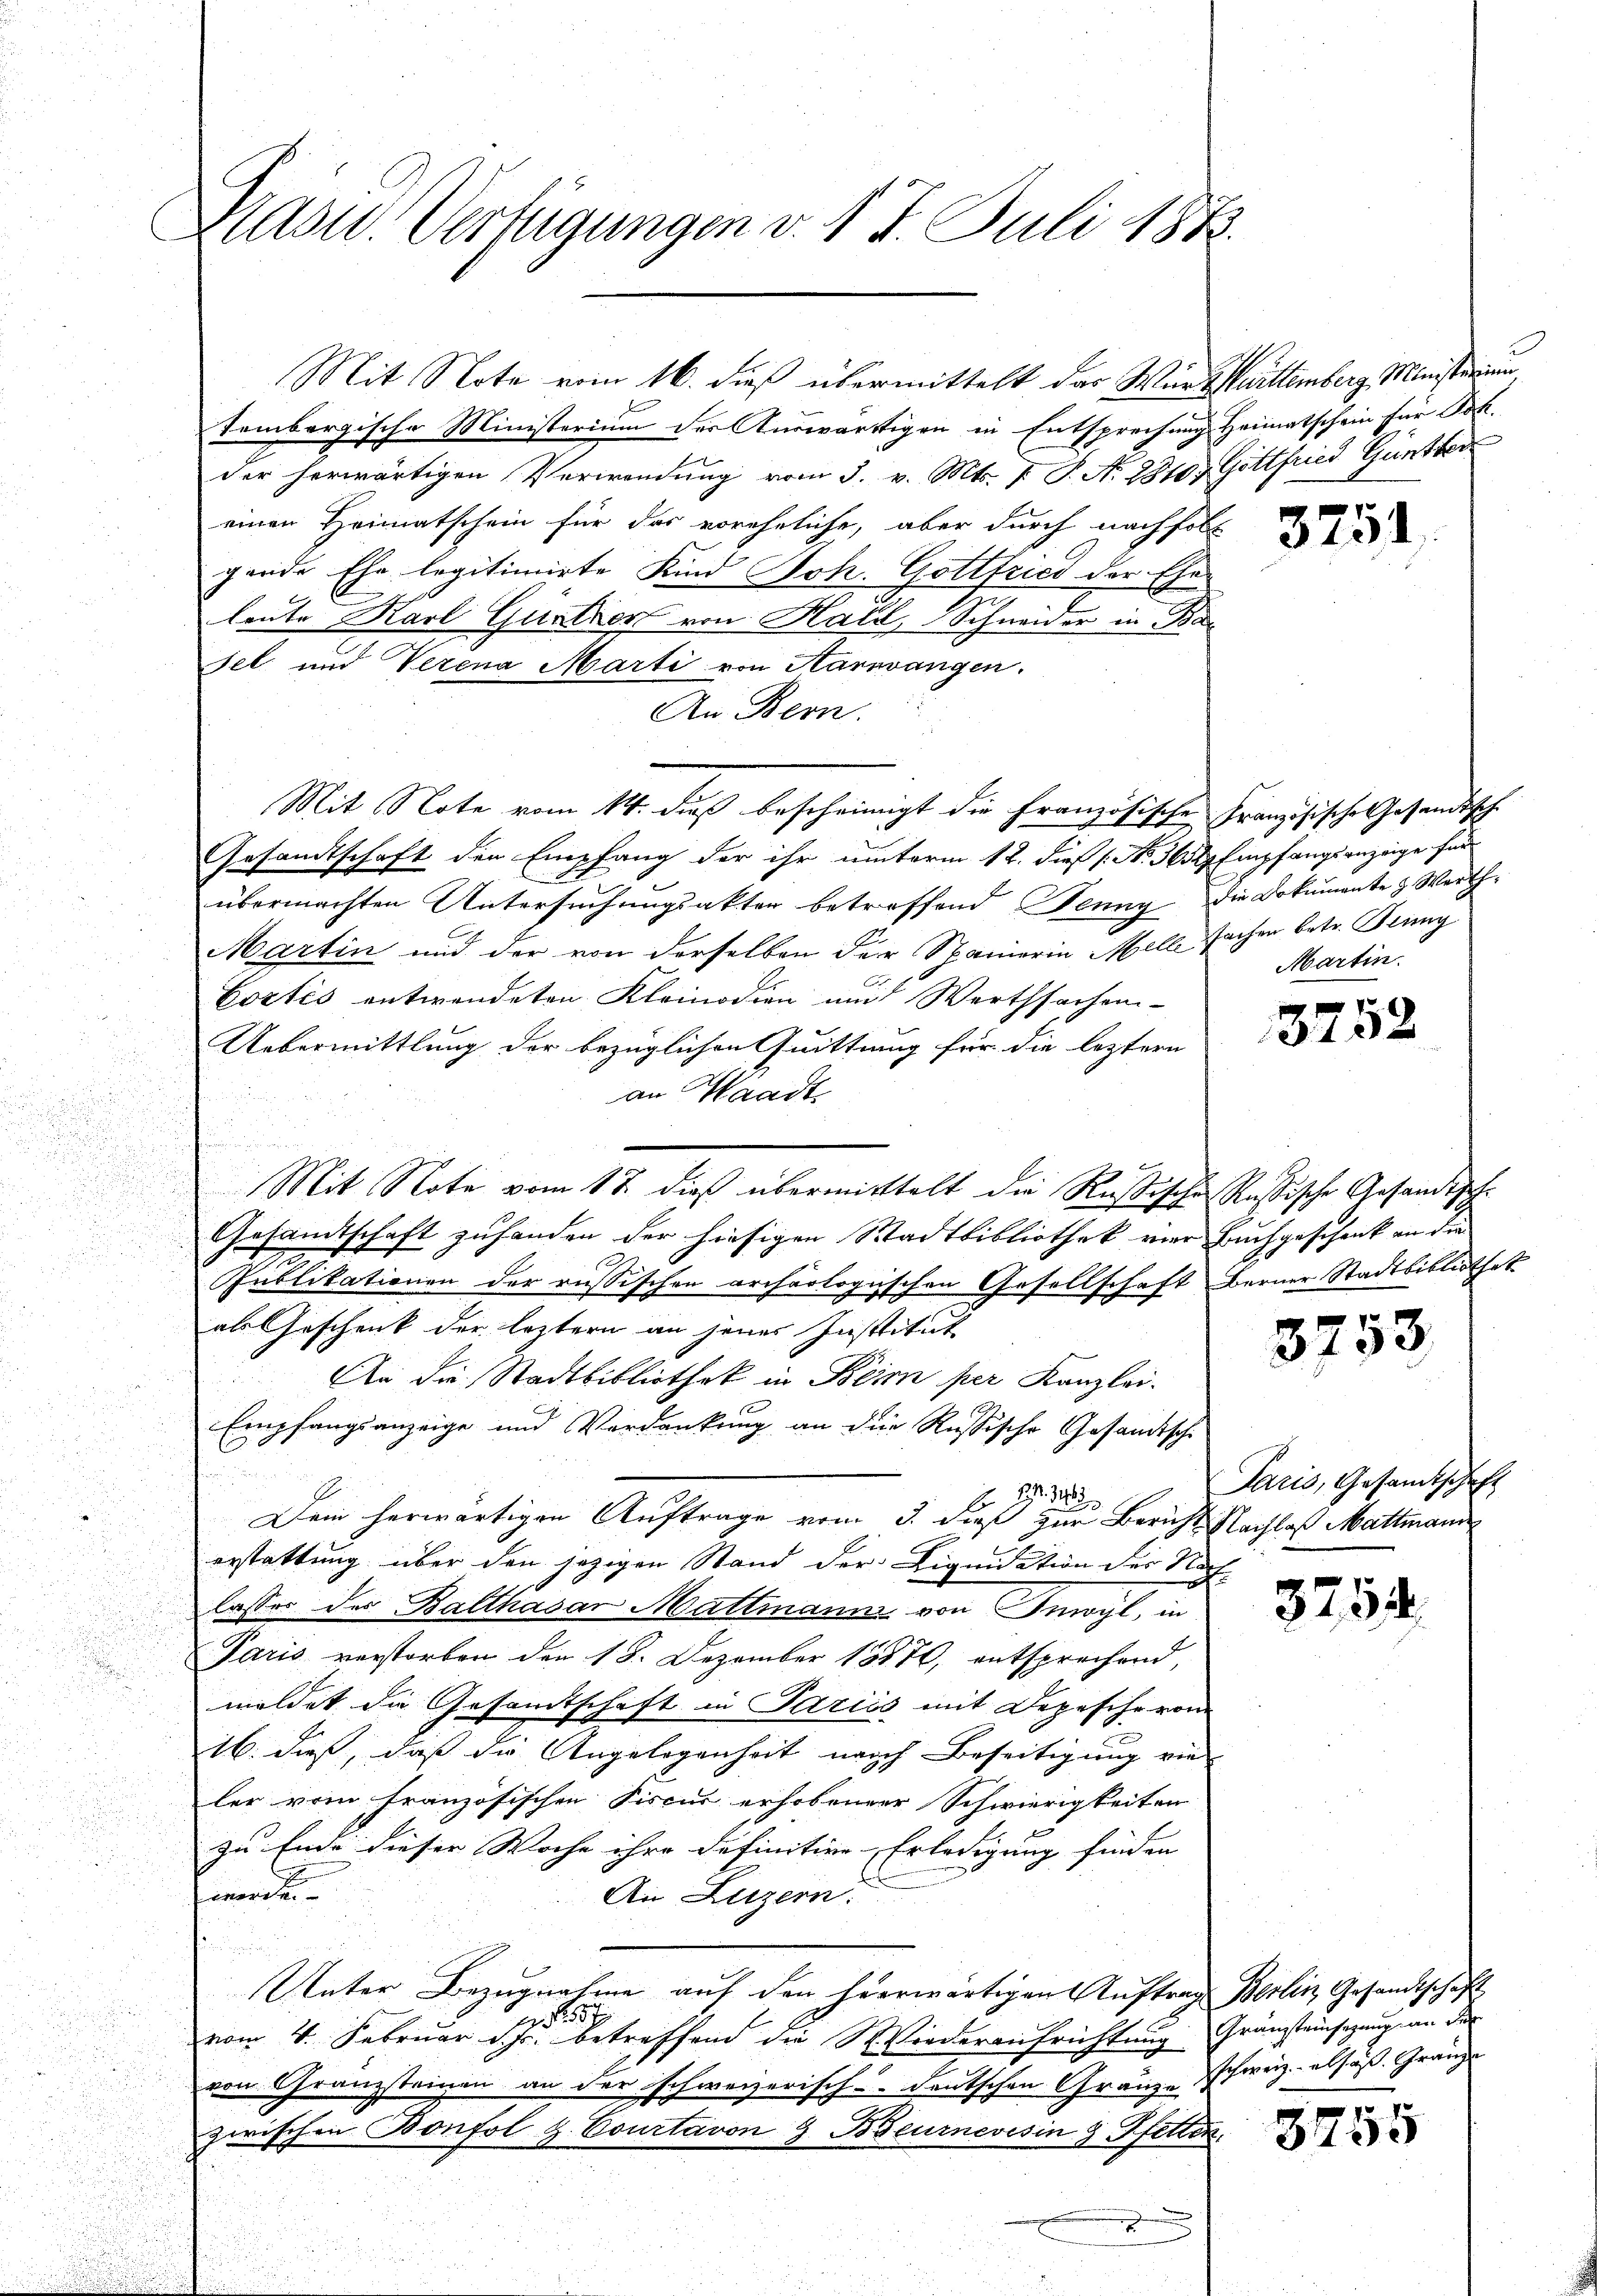
Masw. Verfügungen v. 17. Juli 1873.

tembergische Ministerium der Auswärtigen in Entsprechung Heimatschein für Joh.
der herwärtigen Verwendung vom 3. v. Mts. T. T. N. 2810. Gottfried Günther
einen Heimatschein für das voreheliche, aber durch nachfol
gende Ehe legitimirte Kind Joh. Gottfried der Ehe-
leute Karl Gurtner von Hall, Schnauer in Basel und Verena Marti von Harzwangen.
An Bern.
Mit Note vom 14. dieß bescheinigt die Französischen Französische Gesandtsche
Gesandtschaft den Empfang der ihr unterm 12. dieß (Nr. 3654. Empfangsanzeige für
übermachten Untersuchungsakter betreffend Jenny die Dokumente & Werth¬
Martin und der von derselben der Spanierin Mell fachen betr. Juny
Coztés entwendeten Kleinodien und Werthsachen-
Uebermittlung der bezüglichen Quittung für die letztern
an Waadt
¬
Mit Note vom 17. dieß übermittelt die Rußischen sussische Gesandtsche
h
Gesandtschaft zufanden der hiesigen Stadtbibliothek vier Buchgeschenk an die
e
Publikationen der russischen archäologischen Gesellschaft Berner Stadtbibliothek
als Geschenk der leztern an jenes Institut
An die Stadtbibliothek in Beim per Kanzlei-
Empfangsanzeige und Verdankung an die Russische Gesandtsche
Z. 4
Dein herwärtigen Auftrage vom 3. dieß zur Bericht Nachlaß Mattmann
erstattung über den jezigen Stand der Liquidation der Nachlasser des Balthasar Mattmanni von Inwyl, in
Paris verstorben den 18. Dezember 18870, entsprechend,
meldet die Gesandtschaft in Pariis mit Depesche von
16. dieß, daß die Angelegenheit nach Beseitigung vie
ler vom Französischen Fiscus erhobener Schwierigkeiten
2
zu Ende dieser Woche ihre definitive Erledigung finden |
werden.
An Luzern:
Unter Bezugnahme auf den herwärtigen Auftrag Berlin Gesandtschaft
 557
vom 4. Februar d. Js. betreffend die Wiederaufrichtung Gränzteinsazung an der
von Granzsteinen an der schweizerisch-deutschen Gränze Schweiz. also Gränze
zwischen Bonfol G. Courtaron G. Byeurnevisin 8 Pfetten.
x

Mit Note vom 16. dieß übermittelt das Wintrittemberg Ministerium,

3751

Martin.

3752

3753.

Paris, Gesandtschaft

3754

3755